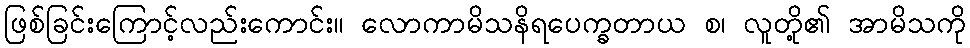
ဖြစ်ခြင်းကြောင့်လည်းကောင်း။ လောကာမိသနိရပေက္ခတာယ စ၊ လူတို့၏ အာမိသကို